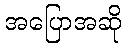
အပြောအဆို